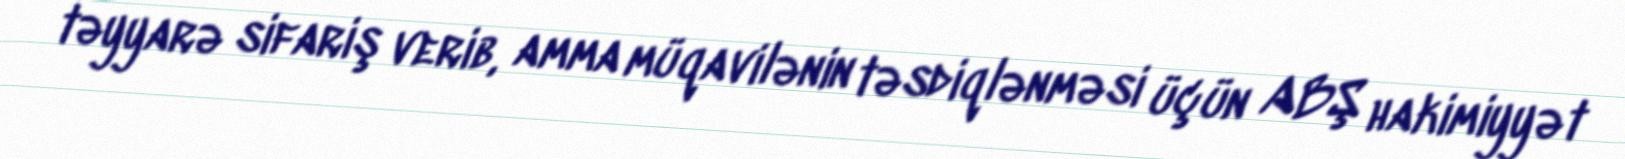
təyyarə sifariş verib, amma müqavilənin təsdiqlənməsi üçün ABŞ hakimiyyət